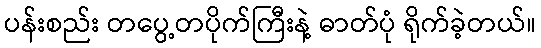
ပန်းစည်း တပွေ့တပိုက်ကြီးနဲ့ ဓာတ်ပုံ ရိုက်ခဲ့တယ်။